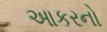
આકરનો